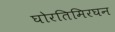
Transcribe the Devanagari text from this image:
घोरतिमिरघन